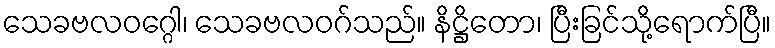
သေခဗလဝဂ္ဂေါ၊ သေခဗလဝဂ်သည်။ နိဋ္ဌိတော၊ ပြီးခြင်သို့ရောက်ပြီ။